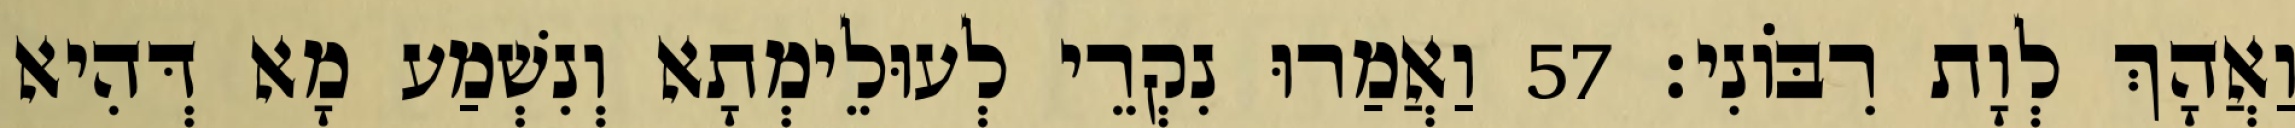
וַאֲהָךְ לְוָת רִבּוֹנִי׃ 57 וַאֲמַרוּ נִקְרֵי לְעוּלֵימְתָא וְנִשְׁמַע מָא דְּהִיא